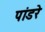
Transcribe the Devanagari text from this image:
पांडरे